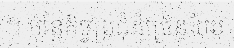
។ ប៉ុន្តែកិច្ចប្រជុំដ៏ច្រើនបែប